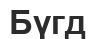
Бүгд